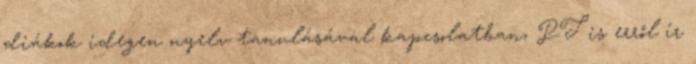
diákok idegen nyelv tanulásával kapcsolatban, PT is erről ír